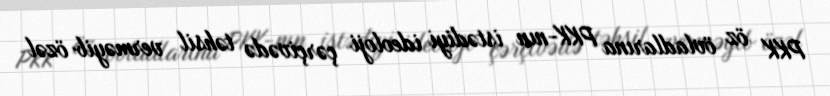
PKK öz övladlarına PKK-nın istədiyi ideoloji çərçivədə təhsil verməyib özəl